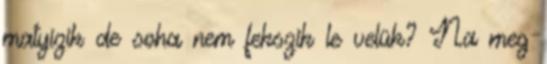
matyizik de soha nem fekszik le velük? Na meg